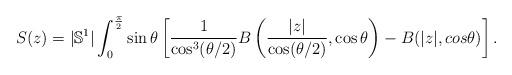
LaTeX: \begin{align*}S(z) = |\mathbb{S}^1| \int_{0}^{\frac \pi 2} \sin \theta \left[ \frac 1 {\cos^3(\theta/2)} B\left(\frac {|z|} {\cos (\theta/2)} , \cos \theta \right) - B(|z|, cos \theta) \right].\end{align*}